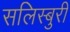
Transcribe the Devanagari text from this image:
सलिस्बुरी